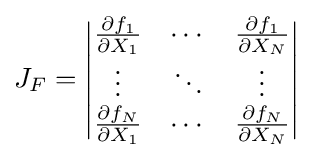
J_{F}=\left|{\begin{matrix}{\frac {\partial f_{1}}{\partial X_{1}}}&\cdots &{\frac {\partial f_{1}}{\partial X_{N}}}\\\vdots &\ddots &\vdots \\{\frac {\partial f_{N}}{\partial X_{1}}}&\cdots &{\frac {\partial f_{N}}{\partial X_{N}}}\end{matrix}}\right|